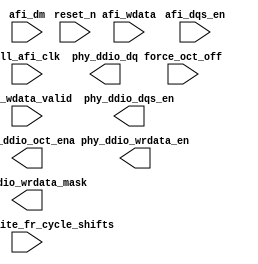
module ddr_p0_write_datapath(
	pll_afi_clk,
	reset_n,
	force_oct_off,
	phy_ddio_oct_ena,
	afi_dqs_en,
	afi_wdata,
	afi_wdata_valid,
	afi_dm,
	phy_ddio_dq,
	phy_ddio_dqs_en,
	phy_ddio_wrdata_en,
	phy_ddio_wrdata_mask,
	seq_num_write_fr_cycle_shifts
);


parameter MEM_ADDRESS_WIDTH     = "";
parameter MEM_DM_WIDTH          = "";
parameter MEM_CONTROL_WIDTH     = "";
parameter MEM_DQ_WIDTH          = "";
parameter MEM_READ_DQS_WIDTH    = "";
parameter MEM_WRITE_DQS_WIDTH   = "";

parameter AFI_ADDRESS_WIDTH     = "";
parameter AFI_DATA_MASK_WIDTH   = "";
parameter AFI_CONTROL_WIDTH     = "";
parameter AFI_DATA_WIDTH        = "";
parameter AFI_DQS_WIDTH	        = "";

parameter NUM_WRITE_PATH_FLOP_STAGES = "";
parameter NUM_WRITE_FR_CYCLE_SHIFTS = "";

localparam RATE_MULT = 2;
localparam DQ_GROUP_WIDTH = MEM_DQ_WIDTH / MEM_WRITE_DQS_WIDTH;

localparam DM_GROUP_WIDTH = MEM_DM_WIDTH / MEM_WRITE_DQS_WIDTH;


input	pll_afi_clk;
input	reset_n;

input	[AFI_DQS_WIDTH-1:0] force_oct_off;
output	[AFI_DQS_WIDTH-1:0] phy_ddio_oct_ena;
input	[AFI_DQS_WIDTH-1:0]	afi_dqs_en;
input	[AFI_DATA_WIDTH-1:0]	afi_wdata;
input	[AFI_DQS_WIDTH-1:0]	afi_wdata_valid;
input	[AFI_DATA_MASK_WIDTH-1:0]   afi_dm;

output	[AFI_DATA_WIDTH-1:0]  phy_ddio_dq;
output	[AFI_DQS_WIDTH-1:0]   phy_ddio_dqs_en;
output	[AFI_DQS_WIDTH-1:0]   phy_ddio_wrdata_en;
output	[AFI_DATA_MASK_WIDTH-1:0]	phy_ddio_wrdata_mask;
input	[MEM_WRITE_DQS_WIDTH * 2 - 1:0] seq_num_write_fr_cycle_shifts;

wire	[AFI_DQS_WIDTH-1:0]   phy_ddio_dqs_en_pre_shift;
wire	[AFI_DQS_WIDTH-1:0] phy_ddio_oct_ena_pre_shift;
wire	[AFI_DATA_WIDTH-1:0]  phy_ddio_dq_pre_shift;
wire	[AFI_DQS_WIDTH-1:0]   phy_ddio_wrdata_en_pre_shift;
wire	[AFI_DATA_MASK_WIDTH-1:0]	phy_ddio_wrdata_mask_pre_shift;

generate
genvar stage;
if (NUM_WRITE_PATH_FLOP_STAGES == 0)
begin
	assign phy_ddio_dq_pre_shift = afi_wdata;
	assign phy_ddio_dqs_en_pre_shift = afi_dqs_en;
	assign phy_ddio_wrdata_en_pre_shift = afi_wdata_valid;
	assign phy_ddio_wrdata_mask_pre_shift = afi_dm;
end
else
begin
	reg	[AFI_DATA_WIDTH-1:0]  afi_wdata_r [NUM_WRITE_PATH_FLOP_STAGES-1:0];
	reg	[AFI_DQS_WIDTH-1:0]   afi_wdata_valid_r [NUM_WRITE_PATH_FLOP_STAGES-1:0] /* synthesis dont_merge */;
	reg	[AFI_DQS_WIDTH-1:0]   afi_dqs_en_r [NUM_WRITE_PATH_FLOP_STAGES-1:0];

	// phy_ddio_wrdata_mask is tied low during calibration
	// the purpose of the assignment is to avoid Quartus from connecting the signal to the sclr pin of the flop
	// sclr pin is very slow and causes timing failures
	(* altera_attribute = {"-name ALLOW_SYNCH_CTRL_USAGE OFF"}*) reg [AFI_DATA_MASK_WIDTH-1:0] afi_dm_r [NUM_WRITE_PATH_FLOP_STAGES-1:0];

	always @(posedge pll_afi_clk)
	begin
		afi_wdata_r[0] <= afi_wdata;
		afi_dqs_en_r[0] <= afi_dqs_en;
		afi_wdata_valid_r[0] <= afi_wdata_valid;
		afi_dm_r[0] <= afi_dm;
	end

	for (stage = 1; stage < NUM_WRITE_PATH_FLOP_STAGES; stage = stage + 1)
	begin : stage_gen
		always @(posedge pll_afi_clk)
		begin
			afi_wdata_r[stage] <= afi_wdata_r[stage-1];
			afi_dqs_en_r[stage] <= afi_dqs_en_r[stage-1];
			afi_wdata_valid_r[stage] <= afi_wdata_valid_r[stage-1];
			afi_dm_r[stage] <= afi_dm_r[stage-1];
		end
	end

	assign phy_ddio_dq_pre_shift = afi_wdata_r[NUM_WRITE_PATH_FLOP_STAGES-1];
	assign phy_ddio_dqs_en_pre_shift = afi_dqs_en_r[NUM_WRITE_PATH_FLOP_STAGES-1];
	assign phy_ddio_wrdata_en_pre_shift = afi_wdata_valid_r[NUM_WRITE_PATH_FLOP_STAGES-1];
	assign phy_ddio_wrdata_mask_pre_shift = afi_dm_r[NUM_WRITE_PATH_FLOP_STAGES-1];
	
end
endgenerate

wire [AFI_DQS_WIDTH-1:0] oct_ena;

 
wire [MEM_WRITE_DQS_WIDTH-1:0] dqs_en_t1 = phy_ddio_dqs_en_pre_shift[MEM_WRITE_DQS_WIDTH * 2 - 1 : MEM_WRITE_DQS_WIDTH * 1];
wire [MEM_WRITE_DQS_WIDTH-1:0] dqs_en_t0 = phy_ddio_dqs_en_pre_shift[MEM_WRITE_DQS_WIDTH * 1 - 1 : MEM_WRITE_DQS_WIDTH * 0];

reg [MEM_WRITE_DQS_WIDTH-1:0] dqs_en_t0_r;
always @(posedge pll_afi_clk)
	dqs_en_t0_r <= dqs_en_t0;

assign oct_ena = ~{dqs_en_t1, dqs_en_t1 | dqs_en_t0_r | dqs_en_t0};
	

assign phy_ddio_oct_ena_pre_shift = oct_ena & ~force_oct_off;

generate
genvar i, t;
for (i=0; i<MEM_WRITE_DQS_WIDTH; i=i+1)
begin: bs_wr_grp
	
	
	
	wire [1:0] seq_num_write_fr_cycle_shifts_per_group = seq_num_write_fr_cycle_shifts[2 * (i + 1) - 1 : i * 2];
	
	wire [1:0] shift_fr_cycle = 
		(NUM_WRITE_FR_CYCLE_SHIFTS == 0) ? 	2'b00 : (
		(NUM_WRITE_FR_CYCLE_SHIFTS == 1) ? 	2'b01 : (
		(NUM_WRITE_FR_CYCLE_SHIFTS == 2) ? 	2'b10 : (
		(NUM_WRITE_FR_CYCLE_SHIFTS == 3) ? 	2'b11 : (
											seq_num_write_fr_cycle_shifts_per_group))));
											
	
	
	
	
	
	
	
	
	
	
	
	
	
	
	
	
	
	
	
	wire [AFI_DQS_WIDTH / MEM_WRITE_DQS_WIDTH - 1:0] grp_dqs_en_pre_shift;
	wire [AFI_DQS_WIDTH / MEM_WRITE_DQS_WIDTH - 1:0] grp_dqs_en;
	
	wire [AFI_DQS_WIDTH / MEM_WRITE_DQS_WIDTH - 1:0] grp_oct_ena_pre_shift;
	wire [AFI_DQS_WIDTH / MEM_WRITE_DQS_WIDTH - 1:0] grp_oct_ena;
	wire [AFI_DATA_WIDTH / MEM_WRITE_DQS_WIDTH - 1:0] grp_dq_pre_shift;
	wire [AFI_DATA_WIDTH / MEM_WRITE_DQS_WIDTH - 1:0] grp_dq;
	
	wire [AFI_DQS_WIDTH / MEM_WRITE_DQS_WIDTH - 1:0] grp_wrdata_en_pre_shift;
	wire [AFI_DQS_WIDTH / MEM_WRITE_DQS_WIDTH - 1:0] grp_wrdata_en;

	wire [AFI_DATA_MASK_WIDTH / MEM_WRITE_DQS_WIDTH - 1:0] grp_wrdata_mask_pre_shift;
	wire [AFI_DATA_MASK_WIDTH / MEM_WRITE_DQS_WIDTH - 1:0] grp_wrdata_mask;

	
	
	
	ddr_p0_fr_cycle_shifter dq_shifter(
		.clk (pll_afi_clk),
		.shift_by (shift_fr_cycle),
		.reset_n (1'b1),
		.datain (grp_dq_pre_shift),
		.dataout (grp_dq)	
	);
	
	
	defparam dq_shifter.DATA_WIDTH = (DQ_GROUP_WIDTH * 2);
	
	ddr_p0_fr_cycle_shifter wrdata_mask_shifter(
		.clk (pll_afi_clk),
		.shift_by (shift_fr_cycle),
		.reset_n (1'b1),
		.datain (grp_wrdata_mask_pre_shift),
		.dataout (grp_wrdata_mask)
	);
	
	
	defparam wrdata_mask_shifter.DATA_WIDTH = (DM_GROUP_WIDTH * 2);
	
	ddr_p0_fr_cycle_shifter wrdata_en_shifter(
		.clk (pll_afi_clk),
		.shift_by (shift_fr_cycle),
		.reset_n (1'b1),
		.datain (grp_wrdata_en_pre_shift),
		.dataout (grp_wrdata_en)
	);
	defparam wrdata_en_shifter.DATA_WIDTH = 1;

	ddr_p0_fr_cycle_shifter dqs_en_shifter(
		.clk (pll_afi_clk),
		.shift_by (shift_fr_cycle),
		.reset_n (1'b1),
		.datain (grp_dqs_en_pre_shift),
		.dataout (grp_dqs_en)
	);
	defparam dqs_en_shifter.DATA_WIDTH = 1;

	ddr_p0_fr_cycle_shifter oct_ena_shifter(
		.clk (pll_afi_clk),
		.shift_by (shift_fr_cycle),
		.reset_n (1'b1),
		.datain (grp_oct_ena_pre_shift),
		.dataout (grp_oct_ena)
	);
	defparam oct_ena_shifter.DATA_WIDTH = 1;  


	
	
	
	for (t=0; t<RATE_MULT*2; t=t+1)
	begin: extract_ddr_grp
		wire [DQ_GROUP_WIDTH-1:0] dq_t_pre_shift = phy_ddio_dq_pre_shift[DQ_GROUP_WIDTH * (i+1) + MEM_DQ_WIDTH * t - 1 : DQ_GROUP_WIDTH * i + MEM_DQ_WIDTH * t];
		assign grp_dq_pre_shift[(t+1) * DQ_GROUP_WIDTH - 1 : t * DQ_GROUP_WIDTH] = dq_t_pre_shift;
		
		wire [DQ_GROUP_WIDTH-1:0] dq_t = grp_dq[(t+1) * DQ_GROUP_WIDTH - 1 : t * DQ_GROUP_WIDTH];
		assign phy_ddio_dq[DQ_GROUP_WIDTH * (i+1) + MEM_DQ_WIDTH * t - 1 : DQ_GROUP_WIDTH * i + MEM_DQ_WIDTH * t] = dq_t;

		wire [DM_GROUP_WIDTH-1:0] wrdata_mask_t_pre_shift = phy_ddio_wrdata_mask_pre_shift[DM_GROUP_WIDTH * (i+1) + MEM_DM_WIDTH * t - 1 : DM_GROUP_WIDTH * i + MEM_DM_WIDTH * t];
		assign grp_wrdata_mask_pre_shift[(t+1) * DM_GROUP_WIDTH - 1 : t * DM_GROUP_WIDTH] = wrdata_mask_t_pre_shift;
		
		wire [DM_GROUP_WIDTH-1:0] wrdata_mask_t = grp_wrdata_mask[(t+1) * DM_GROUP_WIDTH - 1 : t * DM_GROUP_WIDTH];
		assign phy_ddio_wrdata_mask[DM_GROUP_WIDTH * (i+1) + MEM_DM_WIDTH * t - 1 : DM_GROUP_WIDTH * i + MEM_DM_WIDTH * t] = wrdata_mask_t;		
	end
	
	
	
	
	for (t=0; t<RATE_MULT; t=t+1)
	begin: extract_sdr_grp
		assign grp_oct_ena_pre_shift[t] = phy_ddio_oct_ena_pre_shift[i + MEM_WRITE_DQS_WIDTH * t];
		assign phy_ddio_oct_ena[i + MEM_WRITE_DQS_WIDTH * t] = grp_oct_ena[t];
	
		assign grp_dqs_en_pre_shift[t] = phy_ddio_dqs_en_pre_shift[i + MEM_WRITE_DQS_WIDTH * t];
		assign phy_ddio_dqs_en[i + MEM_WRITE_DQS_WIDTH * t] = grp_dqs_en[t];
		assign grp_wrdata_en_pre_shift[t] = phy_ddio_wrdata_en_pre_shift[i + MEM_WRITE_DQS_WIDTH * t];
		assign phy_ddio_wrdata_en[i + MEM_WRITE_DQS_WIDTH * t] = grp_wrdata_en[t];
	end
end
endgenerate

endmodule